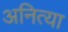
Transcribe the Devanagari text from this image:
अनित्या